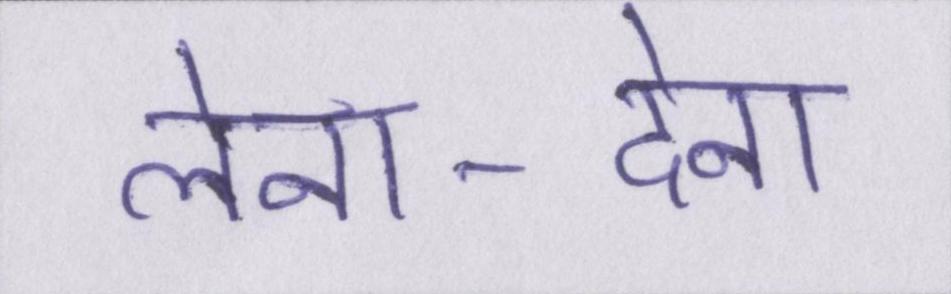
लेना-देना